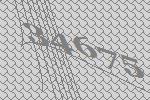
34675